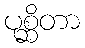
ပုစ္ဆိတာ